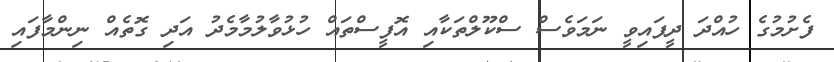
ފެށުމުގެ ހުއްދަ ދީފައިވީ ނަމަވެސް ސްކޫލްތަކާއި އޮފީސްތައް ހުޅުވާލުމާމެދު އަދި ގޮތެއް ނިންމާފައި